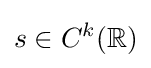
s\in C^{k}(\mathbb {R} )